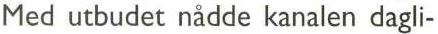
Med utbudet nådde kanalen dagli-